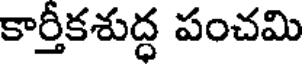
కార్తీకశుద్ధ పంచమి